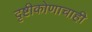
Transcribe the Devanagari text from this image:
दृष्टीकोणाचाही